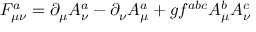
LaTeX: F _ { \mu \nu } ^ { a } = \partial _ { \mu } A _ { \nu } ^ { a } - \partial _ { \nu } A _ { \mu } ^ { a } + g f ^ { a b c } A _ { \mu } ^ { b } A _ { \nu } ^ { c }